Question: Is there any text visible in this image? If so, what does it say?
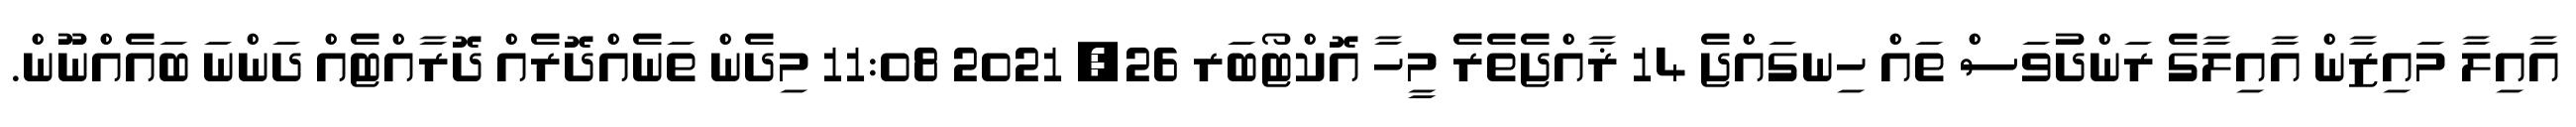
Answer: އާއިލާ މައިޒާން އާއިލާގެ ރަންދުވަސް ތައް ހިނގައްޖެ 14 ޜާއްޖެތެރެ މީހާ އޮކްޓޯބަރ 26, 2021 11:08 މިދެން ތަނެއްދޮރެއް ދޮރާއްޓެއް ދަންނަ ބައެއްނޫން.